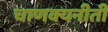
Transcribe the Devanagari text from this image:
चाणक्यनीती